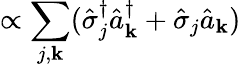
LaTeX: \propto\sum_{j,{\mathbf k}}(\hat{\sigma}_{j}^{\dagger}\hat{a}_{\mathbf k}^{\dagger}+\hat{\sigma}_{j}\hat{a}_{\mathbf k})